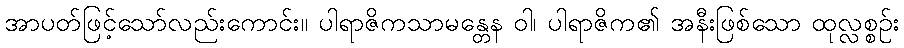
အာပတ်ဖြင့်သော်လည်းကောင်း။ ပါရာဇိကသာမန္တေန ဝါ၊ ပါရာဇိက၏ အနီးဖြစ်သော ထုလ္လစ္စဉ်း